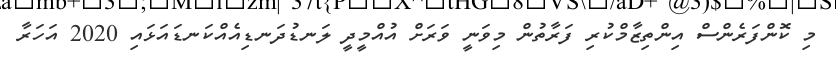
މި ކޮންފަރެންސް އިންތިޒާމްކުރި ފަރާތުން މިވަނީ ވަރަށް އުއްމީދީ ލަނޑުދަނޑިއެއްކަނޑައަޅައި 2020 އަހަރާ